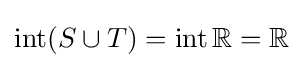
\operatorname {int} (S\cup T)=\operatorname {int} \mathbb {R} =\mathbb {R}